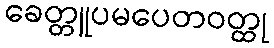
ခေတ္တူပမပေတဝတ္ထု